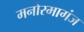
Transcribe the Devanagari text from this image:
मनोरमागंज